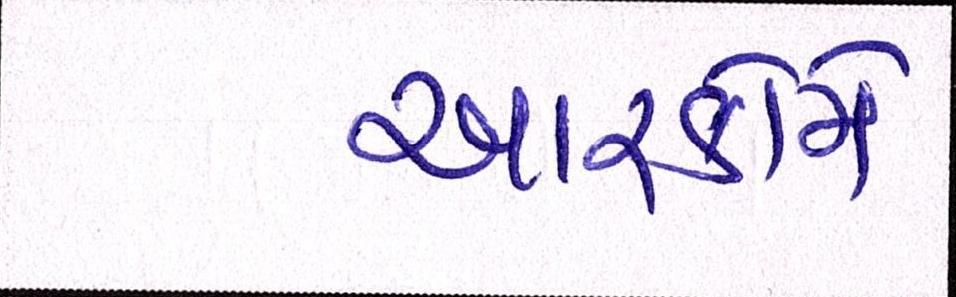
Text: આરકોમે